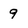
Character: 9